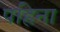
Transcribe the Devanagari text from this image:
पहिना